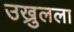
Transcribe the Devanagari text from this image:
उख्रुलला